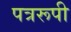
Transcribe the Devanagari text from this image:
पत्ररूपी